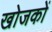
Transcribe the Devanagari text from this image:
खोजकों